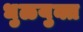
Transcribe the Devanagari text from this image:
धुळयुक्त